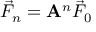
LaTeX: { \vec { F } } _ { n } = \mathbf { A } ^ { n } { \vec { F } } _ { 0 }